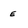
Character: E